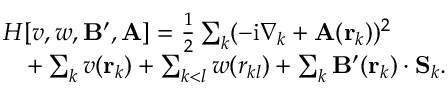
\begin{array} { r l } & { H [ v , w , \mathbf { B } ^ { \prime } , \mathbf { A } ] = \frac { 1 } { 2 } \sum _ { k } ( - \mathrm { i } \nabla _ { k } + \mathbf { A } ( \mathbf { r } _ { k } ) ) ^ { 2 } } \\ & { \quad + \sum _ { k } v ( \mathbf { r } _ { k } ) + \sum _ { k < l } w ( r _ { k l } ) + \sum _ { k } \mathbf { B } ^ { \prime } ( \mathbf { r } _ { k } ) \cdot \mathbf { S } _ { k } . } \end{array}